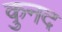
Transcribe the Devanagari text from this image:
कुनद